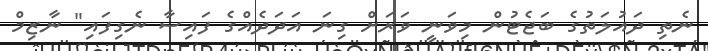
ނެތި ދައުލަތުގެ ބަޖެޓުން މިވަނީ ވަރަށް ގިނަ އަދަދެއްގެ ފައިސާ ނެގިފައި" ނާޒިމް